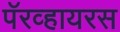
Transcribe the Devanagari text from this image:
पॅरव्हायरस